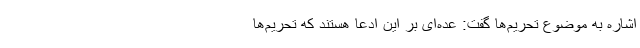
اشاره به موضوع تحریم‌ها گفت: عده‌ای بر این ادعا هستند که تحریم‌ها